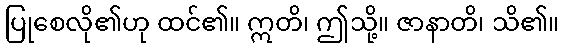
ပြုစေလို၏ဟု ထင်၏။ ဣတိ၊ ဤသို့။ ဇာနာတိ၊ သိ၏။